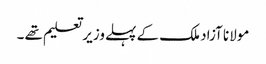
مولانا آزاد ملک کے پہلے وزیر تعلیم تھے ۔